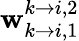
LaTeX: \mathbf{w}_{k\rightarrow i,1}^{k\rightarrow i,2}